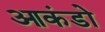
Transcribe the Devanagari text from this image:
आकंडो